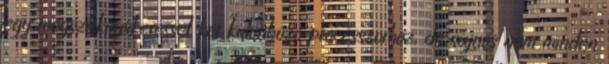
egy megszakitaskeressel ket kulonbozo processzorhoz, de sajnos nem minden